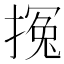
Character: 𰔚